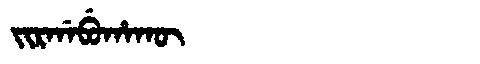
Manchu: ᠵᡳᡵᡤᠠᠪᡠᡥᠠᡴᡡ
Romanization: JIRGABUHAKŪ